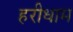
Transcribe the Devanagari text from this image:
हरीधाम